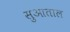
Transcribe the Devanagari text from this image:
सुआताल